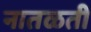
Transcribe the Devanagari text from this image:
नातळती